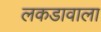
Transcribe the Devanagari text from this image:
लकडावाला